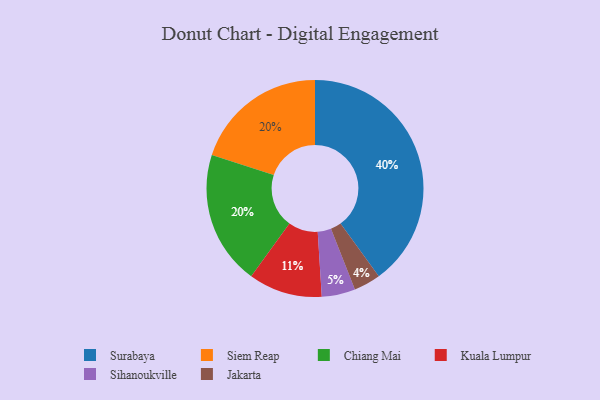
{"axis": {"x": "Category", "y": "Percentage"}, "legend": ["Chiang Mai", "Jakarta", "Kuala Lumpur", "Siem Reap", "Sihanoukville", "Surabaya"], "data": [{"x": "Surabaya", "y": 40, "type": "Surabaya"}, {"x": "Siem Reap", "y": 20, "type": "Siem Reap"}, {"x": "Kuala Lumpur", "y": 11, "type": "Kuala Lumpur"}, {"x": "Chiang Mai", "y": 20, "type": "Chiang Mai"}, {"x": "Sihanoukville", "y": 5, "type": "Sihanoukville"}, {"x": "Jakarta", "y": 4, "type": "Jakarta"}]}